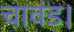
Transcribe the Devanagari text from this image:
चावंड।